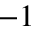
^ { - 1 }